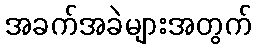
အခက်အခဲများအတွက်